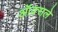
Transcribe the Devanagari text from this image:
ऑक्सले